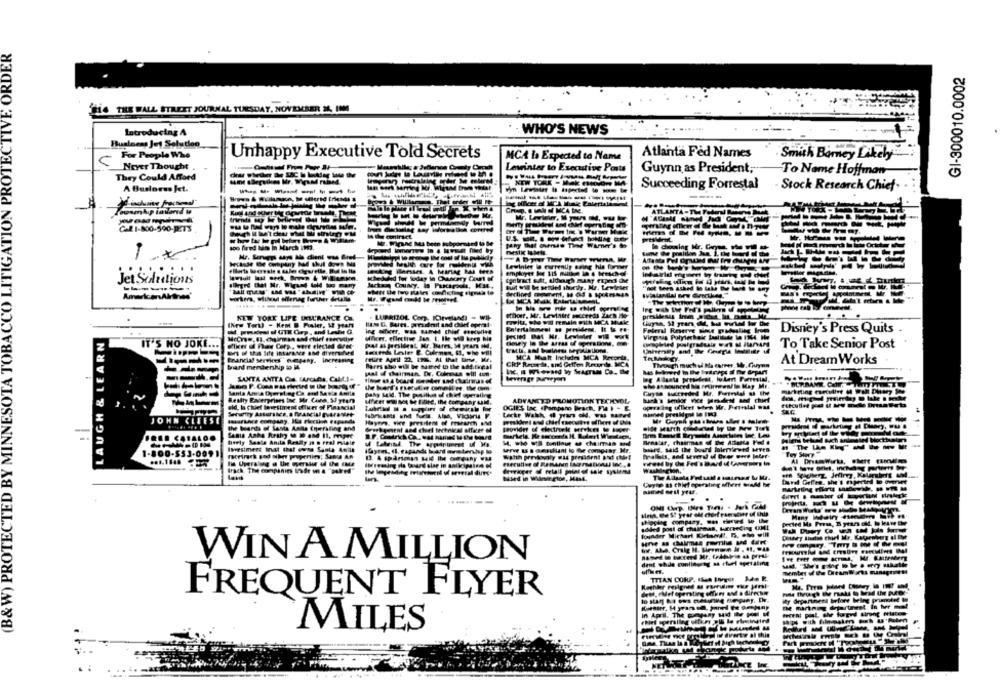
RDER
GI-300010.0002
Be THE WALL STREET JOURNAL TUESDAY, NOVEMBER SL, IM
Introducing A
WHO'S NEWS
Business Jet Solution
For People Who
Unhappy Executive Told Secrets
MCA Is Expected to Name
Atlanta Fed Names
Smith Barney Likely
Never Thought
Lam
Lewinter to Escastive Posts
Guynn as President;
To Nome Hoffman
They Could Afford
NEW YORK - Mak monstre M
Succeeding Forrestal
Stock Research Chiet
A Buslorss Jet.
lowamkip iadarrd w
ATLANTA - THE FEAR
mind
W7. Wirand Ma been subporneed to Be
100 fired bin in March imi.
ellerts Weervale . sales cigarette. Bhd is ite
Lewinter le currently seing his former
--------
wieludid for today in Chancery Court of
Jet Solutions
igotract sat, sidengh many expedi die
Buit wil be settled shortly. Mr. Lewieser
America
worten, wluvedl offenag further detalle
...... ..
NEW YORK LIFE DELL'RANCE CE
LUBRIZOL Corp. FORELand
INew Tort) - Kem B. Fuster, & years
Federal Reserve
Disney's Press Quits
LAUGH & LEARN
Potied Bet Mr. Lewteler
Virginia Polylerhair Latitude la 1994 H
IT'S NO JOKE.
PIker di Pas Corp ., were elected aree
To Take Senior Post
Franciaf services"e.gany, increasing
retire April 22, in4. AL that lane, Mr.
MCA Matt Includes MCA Brepris,
At Dream Works
bard mendership to M4
Bares sho will be samet to the sad.treal
CRP Runde, and Gelim Recorde, MCA
Ilvaugh much of Ma carrer M. Guyna
SANTA ANITA Con LAPCMESA, CALL)-
beverage prwyen
paty Said. The positket of chief operating
Gayss Sucreded Mr. Formelal @ the
Realty Excerprises Be
ADVANCED PROMOTION TECHNOL
did, la cidef lavestinent officer of Financial
Lackr Walsh, @ pran of, Tu HAPed
(B&W) PROTECTED BY MINN
JOHN CLEESE
-------
the bands of Santa Anita Chersling and
berly Santa Anita Resity a & rral miei
Brnalar, chairman of Die Atlanta Pod @
Investment inst that owns Santa Awilt
1-800-553-0091
Fortrack god siker propertin; Sans An
Walth prolovaly was president and chief
Irrager of retail point of sale systemd
tardi Geffen. she's ejected to overset
----- -----
added post of churches, woneeding UMI
lounder Michart Kind !. R. oto will
WIN A MILLION
AN CORP.
FREQUENT FLYER
MILES